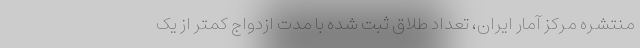
منتشره مرکز آمار ایران، تعداد طلاق ثبت شده با مدت ازدواج کمتر از یک